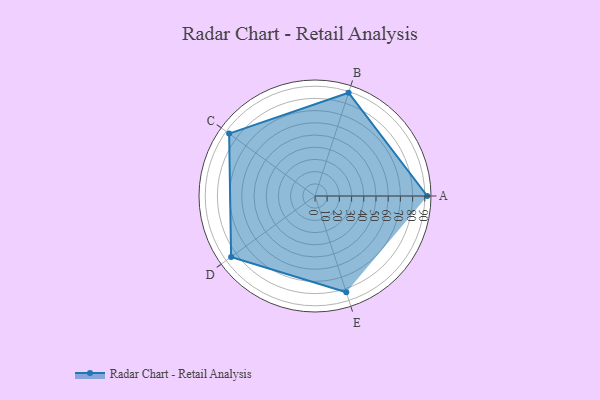
{"axis": {"x": "Skill", "y": "Score"}, "legend": ["Profile"], "data": [{"x": "A", "y": 92.0, "type": "Profile"}, {"x": "B", "y": 89.0, "type": "Profile"}, {"x": "C", "y": 87.0, "type": "Profile"}, {"x": "D", "y": 85.0, "type": "Profile"}, {"x": "E", "y": 83.0, "type": "Profile"}]}